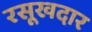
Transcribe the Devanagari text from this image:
रसूखदार